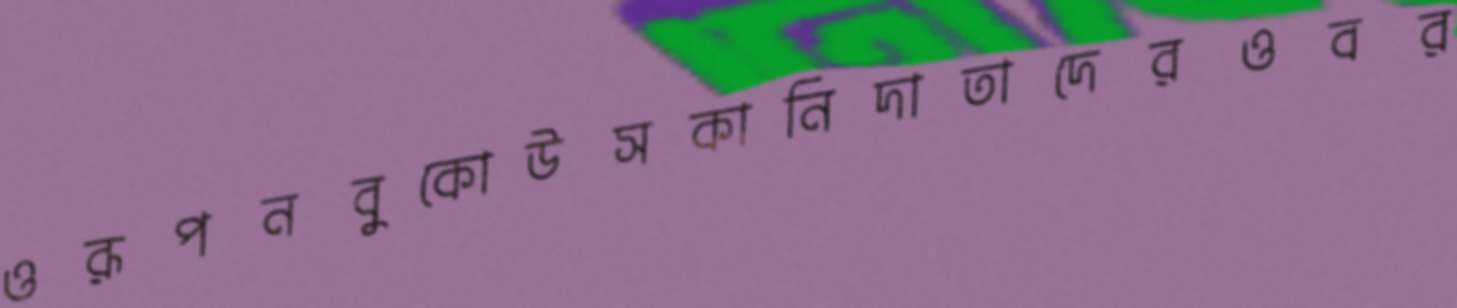
ওরূপনবুকোউসকানিদাতাদেরওবর